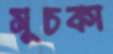
মুচকা